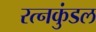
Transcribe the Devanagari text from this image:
रत्नकुंडल